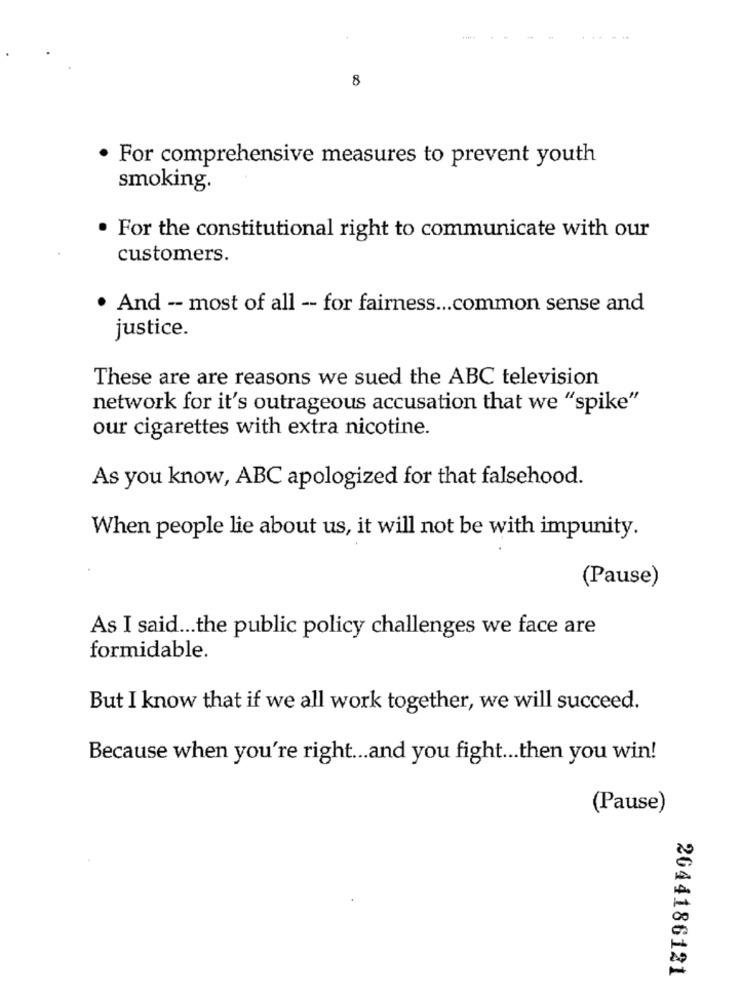
8
· For comprehensive measures to prevent youth
smoking.
. For the constitutional right to communicate with our
customers.
. And -- most of all - for fairness ... common sense and
justice.
These are are reasons we sued the ABC television
network for it's outrageous accusation that we "spike"
our cigarettes with extra nicotine.
As you know, ABC apologized for that falsehood.
When people lie about us, it will not be with impunity.
(Pause)
As I said ... the public policy challenges we face are
formidable.
But I know that if we all work together, we will succeed.
Because when you're right ... and you fight ... then you win!
(Pause)
2044186121